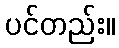
ပင်တည်း။